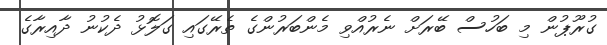
ގުރޫޕުން މި ބަހުސް ބޭރަށް ނެރުއްވި މެންބަރުންގެ ތެރޭގައި ގަލޮޅު ދެކުނު ދާއިރާގެ